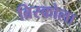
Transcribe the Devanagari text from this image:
ब्रिस्कोला